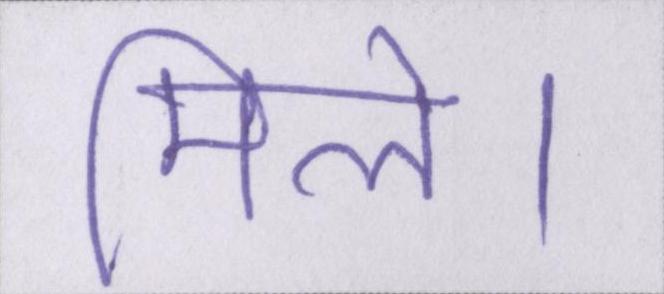
मिले।